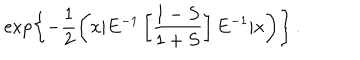
\exp \left\{ { - \frac { 1 } { 2 } \left( x | E ^ { - 1 } \left[ \frac { 1 - S } { 1 + S } \right] E ^ { - 1 } | x \right) } \right\} \, .